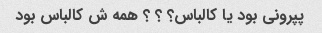
پپرونی بود یا کالباس؟ ؟ ؟ همه ش کالباس بود